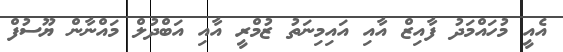
އެއީ މުހައްމަދު ފާއިޒް އާއި އައިމިނަތު ޒުމްރީ އާއި އަބްދުލް މައްނާން ޔޫސުފް